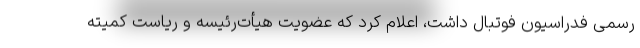
رسمی فدراسیون فوتبال داشت، اعلام کرد که عضویت هیأت‌رئیسه و ریاست کمیته